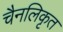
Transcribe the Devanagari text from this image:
चैनलिकृत